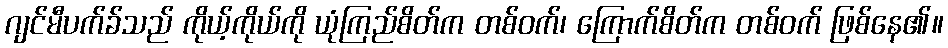
ဂျင်မီပက်ခ်သည် ကိုယ့်ကိုယ်ကို ယုံကြည်စိတ်က တစ်ဝက်၊ ကြောက်စိတ်က တစ်ဝက် ဖြစ်နေ၏။